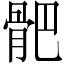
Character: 𩨜